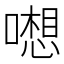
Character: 𱔵